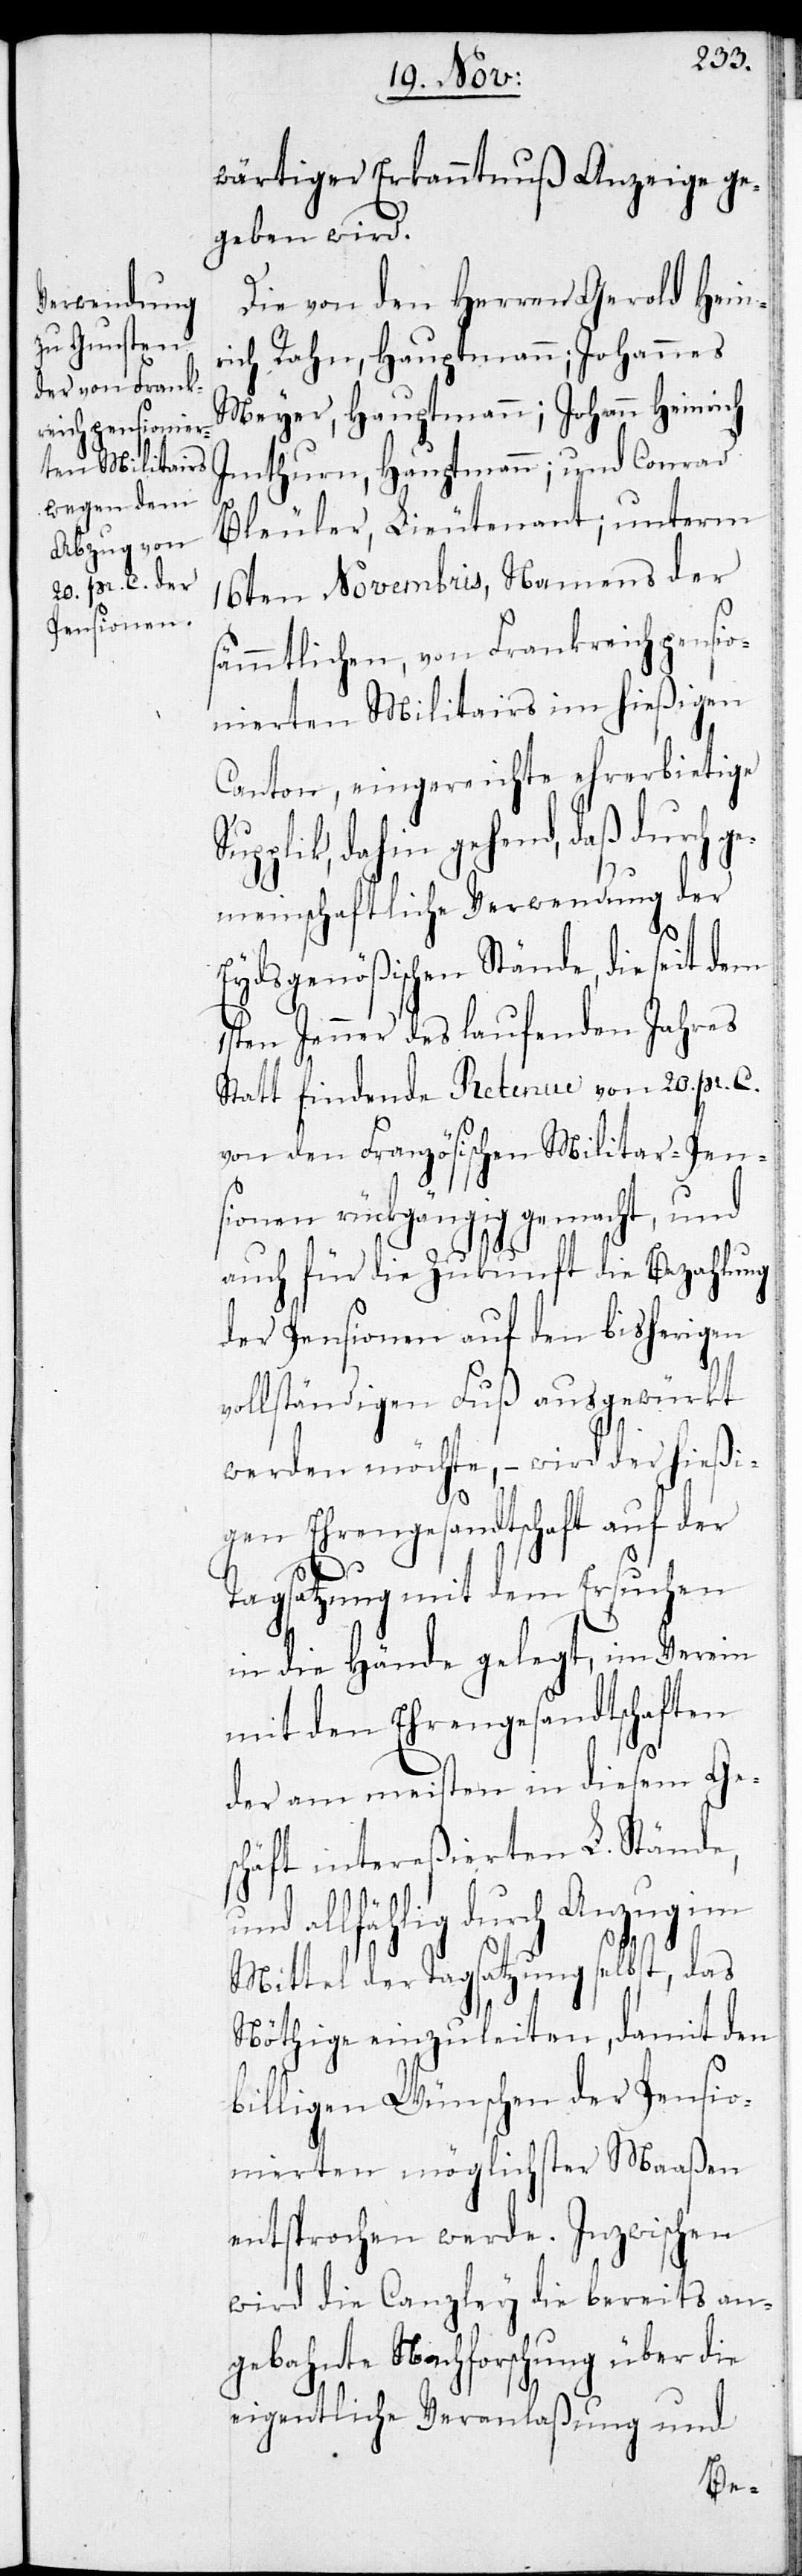
wärtiger Erkanntnuß Anzeige ge¬
geben wird.
Die von dem Herren Gerold Heinr¬
ich Rahn, Hauptmann; Johannes
Meyer, Hauptmann; Johann Heinrich
Imthurn, Hauptmann; und Conrad
Bleuler, Lieutenant; unterm
16ten Novembris, Namens der
ämmtlichen, von Frankreich pensio¬
nierten Militairs im hießigen
Canton, eingereichte ehrerbietige
pplik, dahin gehend, daß durch g¬
emeinschaftliche Verwendung der
Eydsgenößischen Stände, die seit
1sten Jenner des laufenden Jahres
Statt findende Retenue von 20. pr. C.
von den Französischen Militar-Pen¬
sionen rückgängig gemacht, und
auch für die Zukunft die Bezahlung
der Pensionen auf den bisherigen
vollständigen Fuß ausgewürkt
Su¬
werden möchte, – wird der hießi¬
gen Ehrengesandtschaft auf der
Tagsatzung mit dem Ersuchen
in die Hände gelegt, im Verein
mit den Ehrengesandtschaften
der am meisten in diesem Ge¬
schäft intereßierten L. Stände,
allfählig durch Anzug im
Mittel der Tagsatzung selbst, das
Nöthige einzuleiten, damit den
billigen Wünschen der Pensio¬
nierten möglichster Maßen
entsprochen werde. Inzwischen
wird die Canzley die bereits an¬
gebahnte Nachforschung über
eigentliche Veranlaßung und